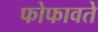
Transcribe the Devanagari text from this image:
फोफावते